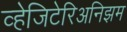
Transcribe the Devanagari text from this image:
व्हेजिटेरिअनिझम